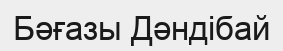
Бәғазы Дәндібай